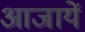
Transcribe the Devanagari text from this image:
आजायें